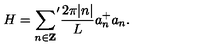
H = { \sum _ { n \in { \bf Z } } } ^ { \prime } \frac { 2 \pi | n | } { L } a _ { n } ^ { + } a _ { n } .